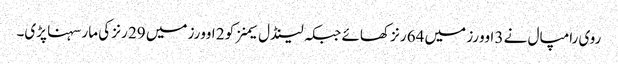
روی رامپال نے 3 اوورز میں 64 رنز کھائے جبکہ لینڈل سیمنز کو 2 اوورز میں 29 رنز کی مار سہنا پڑی۔